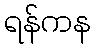
ရန်ကန